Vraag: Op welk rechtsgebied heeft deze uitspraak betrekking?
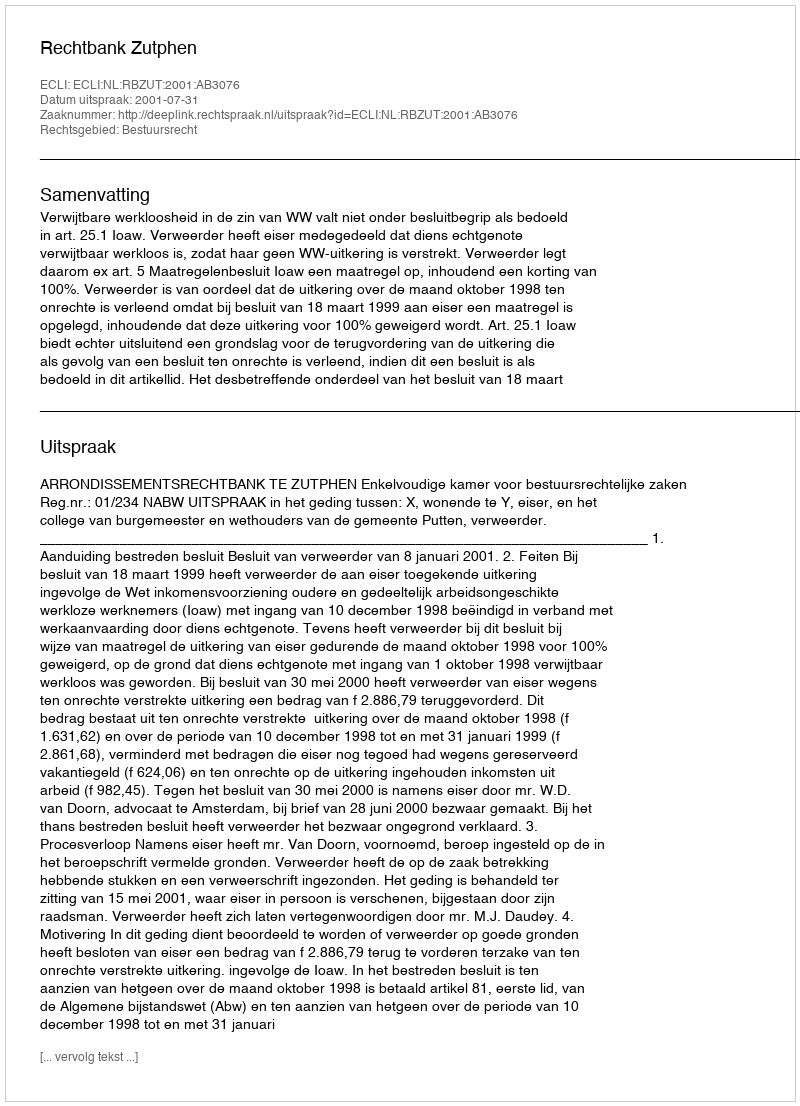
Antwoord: Bestuursrecht